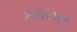
કરારપર